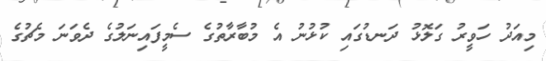
މިއަދު ހަވީރު ގަލޮޅު ދަނޑުގައި ކުޅުނު އެ މުބާރާތުގެ ސެމީފައިނަލުގެ ދެވަނަ މެޗުގެ